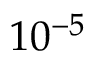
1 0 ^ { - 5 }